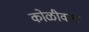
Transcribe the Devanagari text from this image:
कोळीवाड